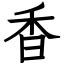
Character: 香